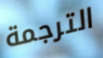
الترجمة